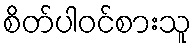
စိတ်ပါဝင်စားသူ